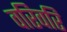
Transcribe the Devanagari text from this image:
वरिवरि